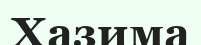
Хазима